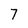
Character: 7